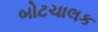
બોટચાલક